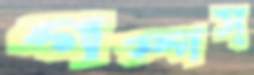
গস্‌গস্‌